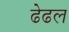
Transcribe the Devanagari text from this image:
ढेढल